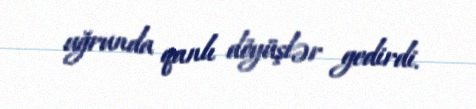
uğrunda qanlı döyüşlər gedirdi.